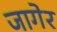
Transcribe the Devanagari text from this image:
जागेर